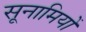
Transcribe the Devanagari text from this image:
सूनामियों